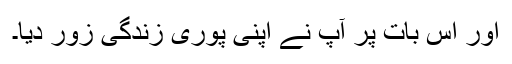
اور اس بات پر آپ نے اپنی پوری زندگی زور دیا۔